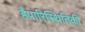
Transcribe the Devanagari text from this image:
हैपारिस्थितिकी